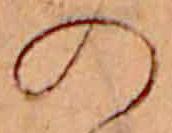
の